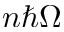
n \hbar \Omega